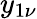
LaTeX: y_{1\nu}